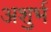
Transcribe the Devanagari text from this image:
अशुर्भ